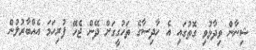
ޝިނާން ވިދާޅުވި ގޮތުގައި އެ ހާދިސާގެ ތަހުގީގަށް ދޭން ޖެހޭ ފުރިހަމަ އެއްބާރުލުން